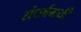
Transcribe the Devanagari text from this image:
संघर्षमयी